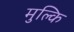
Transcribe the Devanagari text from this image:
मुल्कि